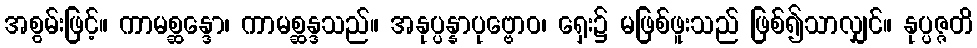
အစွမ်းဖြင့်။ ကာမစ္ဆန္ဒော၊ ကာမစ္ဆန္ဒသည်။ အနုပ္ပန္နာပုဗ္ဗောဝ၊ ရှေး၌ မဖြစ်ဖူးသည် ဖြစ်၍သာလျှင်။ နုပ္ပဇ္ဇတိ